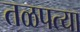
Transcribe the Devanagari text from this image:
तळपत्या